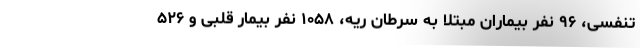
تنفسی، ۹۶ نفر بیماران مبتلا به سرطان ریه، ۱۰۵۸ نفر بیمار قلبی و ۵۲۶